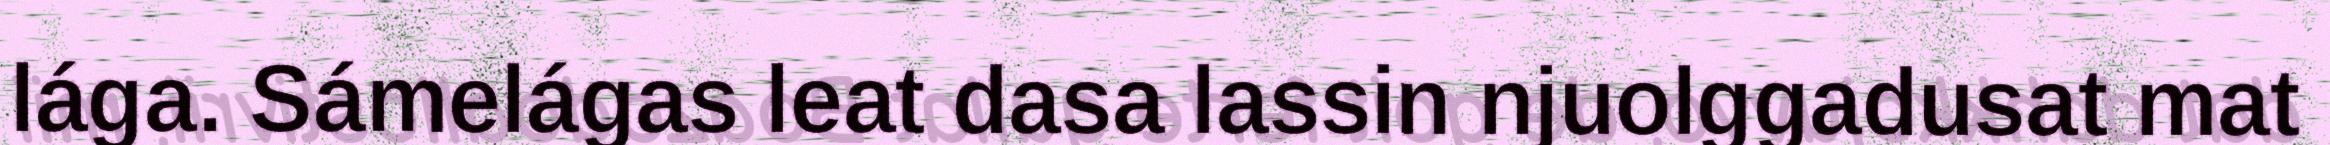
lága. Sámelágas leat dasa lassin njuolggadusat mat